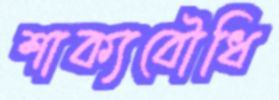
শাক্যবৌধি